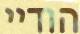
הודיי